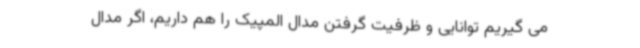
می گیریم توانایی و ظرفیت گرفتن مدال المپیک را هم داریم، اگر مدال